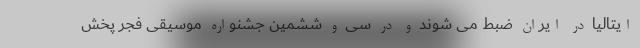
ایتالیا در ایران ضبط می شوند و در سی و ششمین جشنواره موسیقی فجر پخش